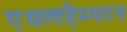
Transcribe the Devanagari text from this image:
एथलहैम्पटन